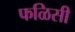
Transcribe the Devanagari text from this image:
फळिसी